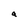
Character: a